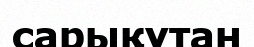
сарықұтан